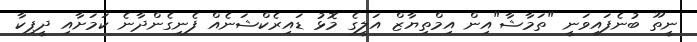
ނީތޫ ބުނެފައިވަނީ "ތަމާޝާ"އިން އިމްތިޔާޒް އަލީގެ މޮޅު ޑައިރެކްޝަނެއް ފެނިގެންދާނެ ކަމަށާއި ދީޕިކާ